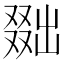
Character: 𠭴